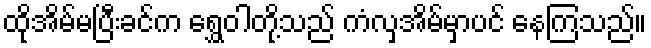
ထိုအိမ်မပြီးခင်က ရွှေဝါတို့သည် ကံလှအိမ်မှာပင် နေကြသည်။